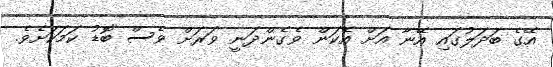
އޭގެ ބަދަލުގައި އޭނާ އަށް އެކަން ވެގެންދަނީ ވަރަށް ވެސް ބޮޑު ކަމަކަށެވެ.